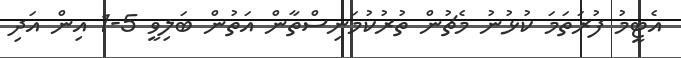
އެޓީމު ފުރަތަމަ ކުޅުނު މެޗުން ތުރުކުމަނިސްތާން އަތުން ބަލިވީ 5-1 އިން އަދި